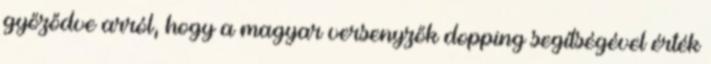
győződve arról, hogy a magyar versenyzők dopping segítségével érték